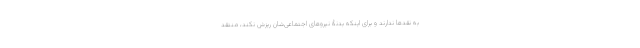
به نقدها ندارند و برای اینکه بدنۀ نیروهای اجتماعی‌شان ریزش نکند، منتقد